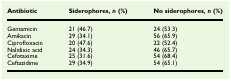
| Antibiotic | Siderophores, n (%) | No siderophores, n (%) |
 | --- | --- | --- |
 | Gentamicin | 21 (46.7) | 24 (53.3) |
 | Amikacin | 29 (34.1) | 56 (65.9) |
 | Ciprofloxacin | 20 (47.6) | 22 (52.4) |
 | Nalidixic acid | 24 (34.3) | 46 (65.7) |
 | Cefotaxime | 25 (31.6) | 54 (68.4) |
 | Ceftazidime | 29 (34.9) | 54 (65.1) |